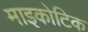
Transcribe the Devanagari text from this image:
माइकोटिक